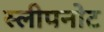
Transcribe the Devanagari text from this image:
स्लीपनोट